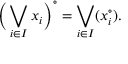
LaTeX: { \biggl ( } \bigvee _ { i \in I } { x _ { i } } { \biggr ) } ^ { \circ } = \bigvee _ { i \in I } ( x _ { i } ^ { \circ } ) .